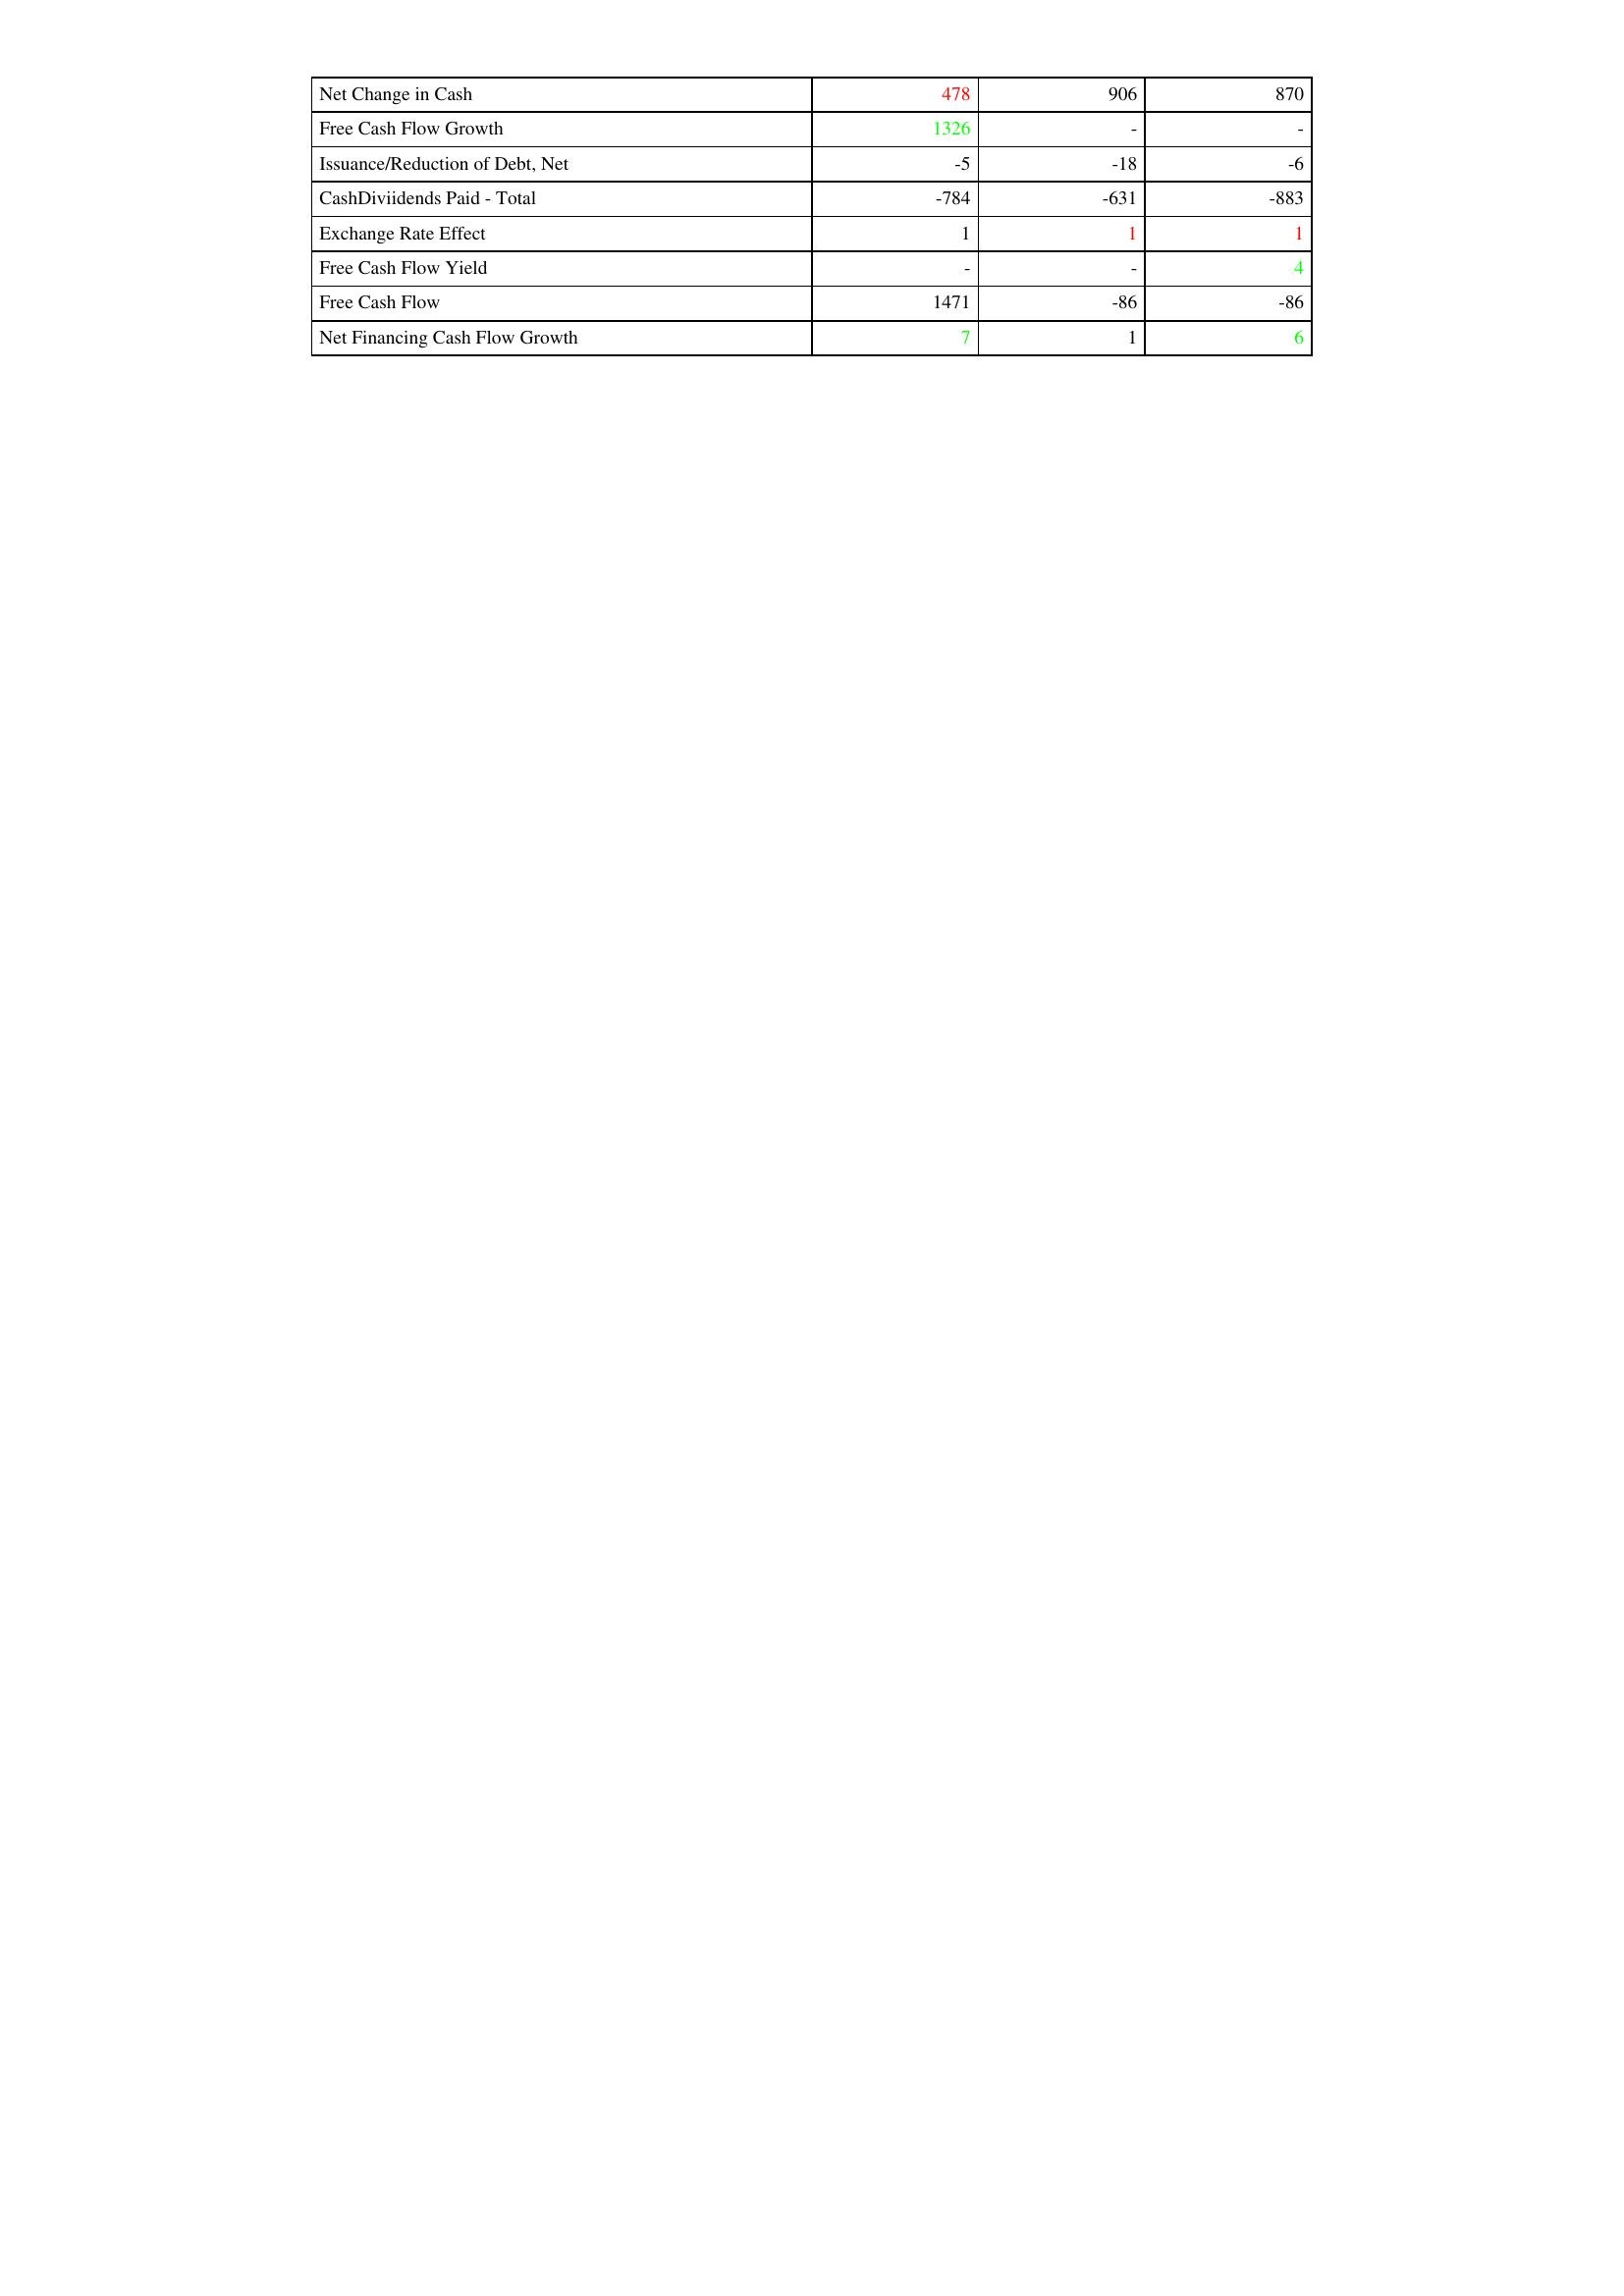
gt_parse: 2017: Financing Activities: Net Change in Cash: 478
Free Cash Flow Growth: 1326
Issuance/Reduction of Debt, Net: -5
CashDiviidends Paid - Total: -784
Exchange Rate Effect: 1
Free Cash Flow Yield: -
Free Cash Flow: 1471
Net Financing Cash Flow Growth: 7
2016: Financing Activities: Net Change in Cash: 906
Free Cash Flow Growth: -
Issuance/Reduction of Debt, Net: -18
CashDiviidends Paid - Total: -631
Exchange Rate Effect: 1
Free Cash Flow Yield: -
Free Cash Flow: -86
Net Financing Cash Flow Growth: 1
2015: Financing Activities: Net Change in Cash: 870
Free Cash Flow Growth: -
Issuance/Reduction of Debt, Net: -6
CashDiviidends Paid - Total: -883
Exchange Rate Effect: 1
Free Cash Flow Yield: 4
Free Cash Flow: -86
Net Financing Cash Flow Growth: 6